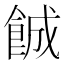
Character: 𬲐